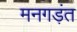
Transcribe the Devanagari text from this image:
मनगड़ंत